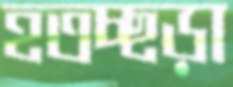
হতচ্ছড়া